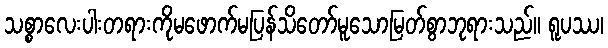
သစ္စာလေးပါးတရားကိုမဖောက်မပြန်သိတော်မူသောမြတ်စွာဘုရားသည်။ ရူပဿ၊